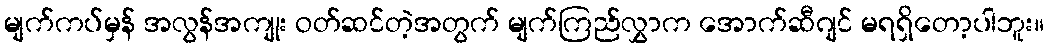
မျက်ကပ်မှန် အလွန်အကျုး ဝတ်ဆင်တဲ့အတွက် မျက်ကြည်လွှာက အောက်ဆီဂျင် မရရှိတော့ပါဘူး။